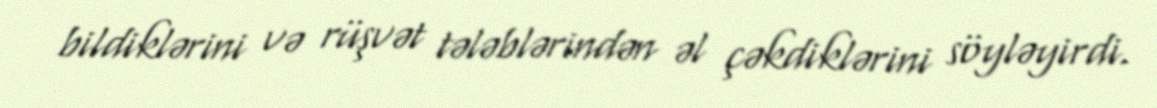
bildiklərini və rüşvət tələblərindən əl çəkdiklərini söyləyirdi.